King Institute of Preventive Medicine Micro-Biological Section reports 1912-19
Year: 1912
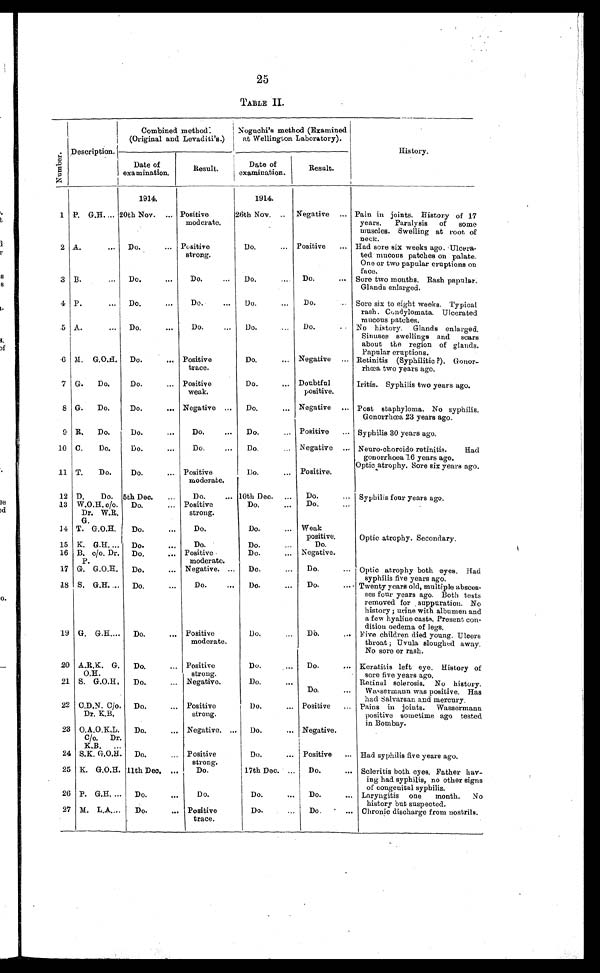
25
TABLE II.
Nu mb e r .
Description.
Combined method.
(Original and Levaditi's.)
Noguchi's method (Examined
at Wellington Laboratory).
History.
Date of
examination.
Result.
Date of
examination.
Result.
1914.
1914.
1 P. G.H. 20th Nov. ... Positive
moderate.
26th Nov. ... Negative ... Pain in joints. History of 17
years. Paralysis of some
muscles. Swelling at root of
neck.
2 A..
... Do.
... Positive
strong.
Do.
... Positive
... Had sore six weeks ago. Ulcera-
ted mucous patches on palate.
One or two papular eruptions on
face.
3 B.
... Do.
...
Do.
...
Do.
Do.
... Sore two months. Rash papular.
Glands enlarged.
4 P.
... Do.
...
Do.
...
Do.
... Do. ...
Sore six to eight weeks. Typical
rash. Condylomata. Ulcerated
mucous patches.
5 A.
... Do.
... I Do.
...
Do.
...
Do.
... No history. Glands enlarged.
Sinuses swellings and scars
about the region of glands.
Papular eruptions.
6
M. G.O.H. Do.
... Positive
trace.
Do. ...
Negative ... Retinitis (Syphilitic ?). Gonor-
rhcea two years ago.
7 G.
Do.
Do.
... Positive
weak.
Do.
... Doubtful
positive.
Iritis. Syphilis two years ago.
8 G.
Do.
Do.
... Negative ...
Do.
... Negative ... Post staphyloma. No syphilis.
Gonorrhœa 23 years ago.
9 R.
Do.
Do.
...
Do.
...
Do.
... Positive ... Syphilis 30 years ago.
10 C.
Do.
Do.
...
Do.
...
Do.
... Negative ... Neuro-choroido retinitis.
Had
gonorrhoea 16 years ago.
Optic atrophy. Sore six years ago.
11 T.
Do.
Do.
... Positive
moderate.
Do. ...
Positive.
12 D.
Do. 5th Dec.
...
Do.
... 10th Dec. ...
Do.
... Syphilis four years ago.
13 W.O.H. c/o.
Dr. W.R.
G.
Do. ...
Positive
strong.
Do.
...
Do.
...
14 T. G.O.H.
Do.
...
Do.
Do.
... Weak
positive.
Optic atrophy. Secondary.
15 K. G.H.... Do.
...
Do.
Do.
...
Do.
16 B. c/o. Dr.
P.
Do. ...
Positive
moderate.
Do.
... Negative.
17 G. G.O.H.
Do. ...
Negative. ... Do.
...
Do.
... Optic atrophy both eyes. Had
syphilis five years ago.
18 S. G.H. ... Do.
...
Do.
...
Do.
... Do.
... Twenty years old, multiple absces-
ses four years ago. Both tests
removed for suppuration. No
history ; urine with albumen and
a few hyaliue casts. Present con-
dition oedema of legs.
19 G. G.H. ...
Do.
... Positive
moderate.
Do.
Do.
... Five children died young. Ulcers
throat ; Uvula sloughed away.
No sore or rash.
20 A.R.K. G.
O.H.
Do.
... Positive
strong.
Do.
...
Do.
... Keratitis left eye. History of
sore five years ago.
21 S. G.O.H.
Do.
... Negative.
Do.
...
Do.
...
Retinal sclerosis. No history.
Wassermann was positive. Has
had Salvarsan and mercury.
22 C.D.N. C/o.
Dr. K.B.
Do.
... Positive
strong.
Do.
...
Positive ... Pains in joints. Wassermann
positive sometime ago tested
in Bombay.
23
O.A.O.K.L.
C/o. Dr .
K.B.
Do.
... Negative, ... Do.
... Negative.
24
S . K . G . O . H .
Do.
Positive
strong.
Do.
... Positive ... Had syphilis five years ago.
25
K. G.O.H. 11th Dec. ...
Do.
17th Dec.
...
Do.
. . . Scleritis both eyes. Father hav-
ing had syphilis, no other signs
of congenital syphilis.
26
P. G.H.
Do.
...
Do.
Do.
...
Do.
... Laryngitis one month. No
history but suspected.
27
M. L.A....
Do.
... Positive
trace.
Do.
...
Do.
... Chronic discharge from nostrils.